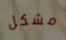
مشكل